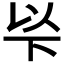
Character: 𠀳